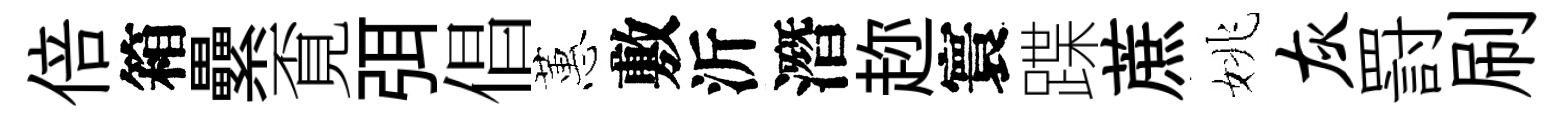
倍箱纍覔弭倡蕙敷沂潛趂寰蹀蔗姚灰罸刷